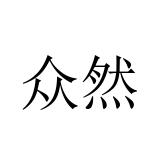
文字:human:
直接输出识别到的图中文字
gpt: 众然